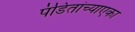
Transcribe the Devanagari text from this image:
पंडितांच्याएका